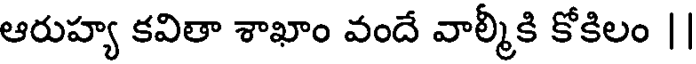
ఆరుహ్య కవితా శాఖాం వందే వాల్మీకి కోకిలం ||